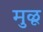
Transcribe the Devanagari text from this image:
मुळू